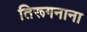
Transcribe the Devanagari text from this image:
तिरूगनाना